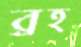
ব্রহ